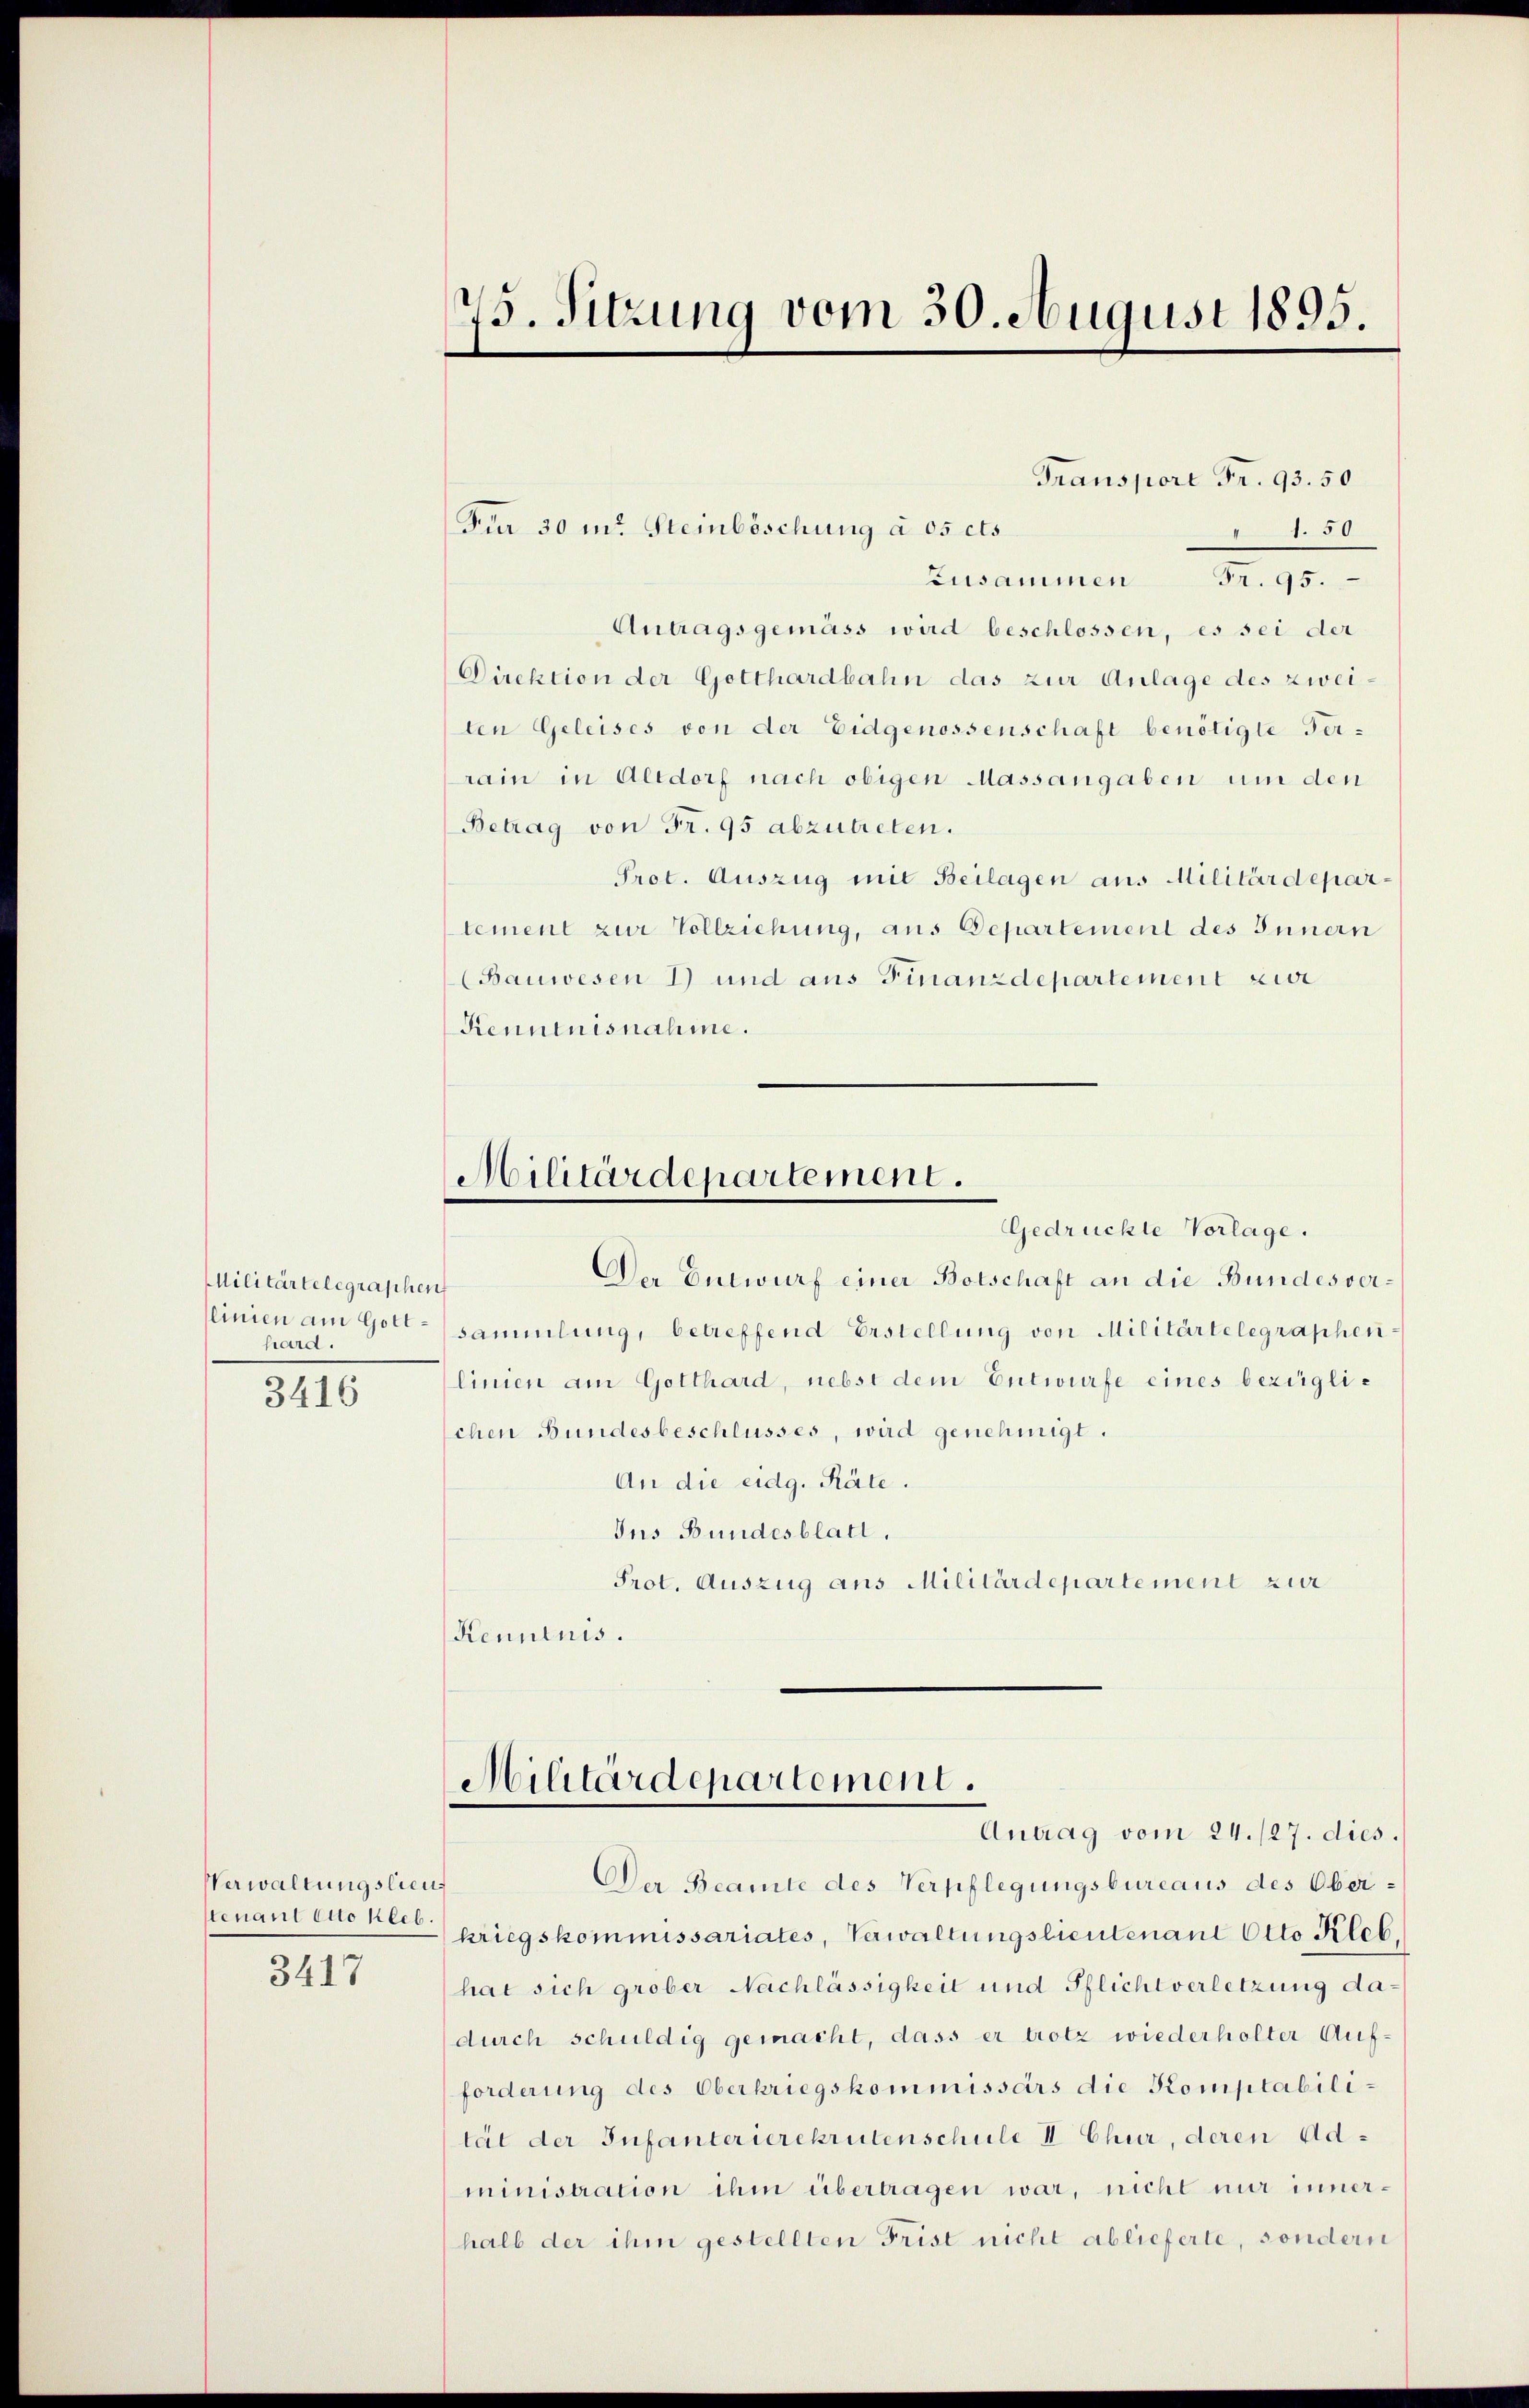
Militärtelegraphen
hard.
3416

Verwaltungslieu
tenant Otto hieb.
3417

75. Sitzung vom 30. August 1895.

Transport Fr. 93. 50
Fer 30 in: Steinböschung à 05 cts
1
Zusammen Fr. 95.
Antragsgemäss wird beschlossen, es sei der
Direktion der Gotthardbahn das zur Anlage des zweiten Geleises von der Eidgenossenschaft benötigte Terrain in Altdorf nach obigen Massangaben um den
Betrag von Fr. 95 abzutreten.
Prot. Auszug mit Beilagen aus Militärdepartement zur Vollziehung, aus Departement des Innern
(Bauwesen 1) und aus Finanzdepartement zur
Kenntnisnahme.

Militärdepartement.
Gedrückte Vorlage.

Der Entwurf einer Botschaft an die Bundesvereinien am Gott sammlung, betreffend Erstellung von Militärtelegraphenlinien am Gotthard, nebst dem Entwurfe eines bezüglichen Bundesbeschlusses, wird genehmigt.
An die eidg. Räte.
Ins Bundesblatt.
Prot. Auszug aus Militärdepartement zur
Kenntnis.

Militärdepartement.
Antrag vom 24. 127. dies.

Der Beamte des Verpflegungsbureaus des Oberkriegskommissariates, Verwaltungslieutenant Otto Rleb
hat sich grober Nachlässigkeit und Pflichtverletzung dadurch schuldig gemacht, dass er trotz wiederholter Auf-
forderung des Oberkriegskommissärs die Komptabili-
tät der Infanterierekrutenschule II Chur, deren Administration ihm übertragen war, nicht nur innerhalb der ihm gestellten Frist nicht ablieferte, sondern